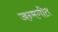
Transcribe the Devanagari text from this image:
जन्मगीत